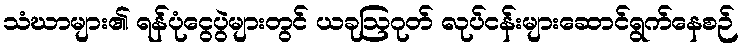
သံဃာများ၏ ရန်ပုံငွေပွဲများတွင် ယခုဩဂုတ် လုပ်ငန်းများဆောင်ရွက်နေစဉ်